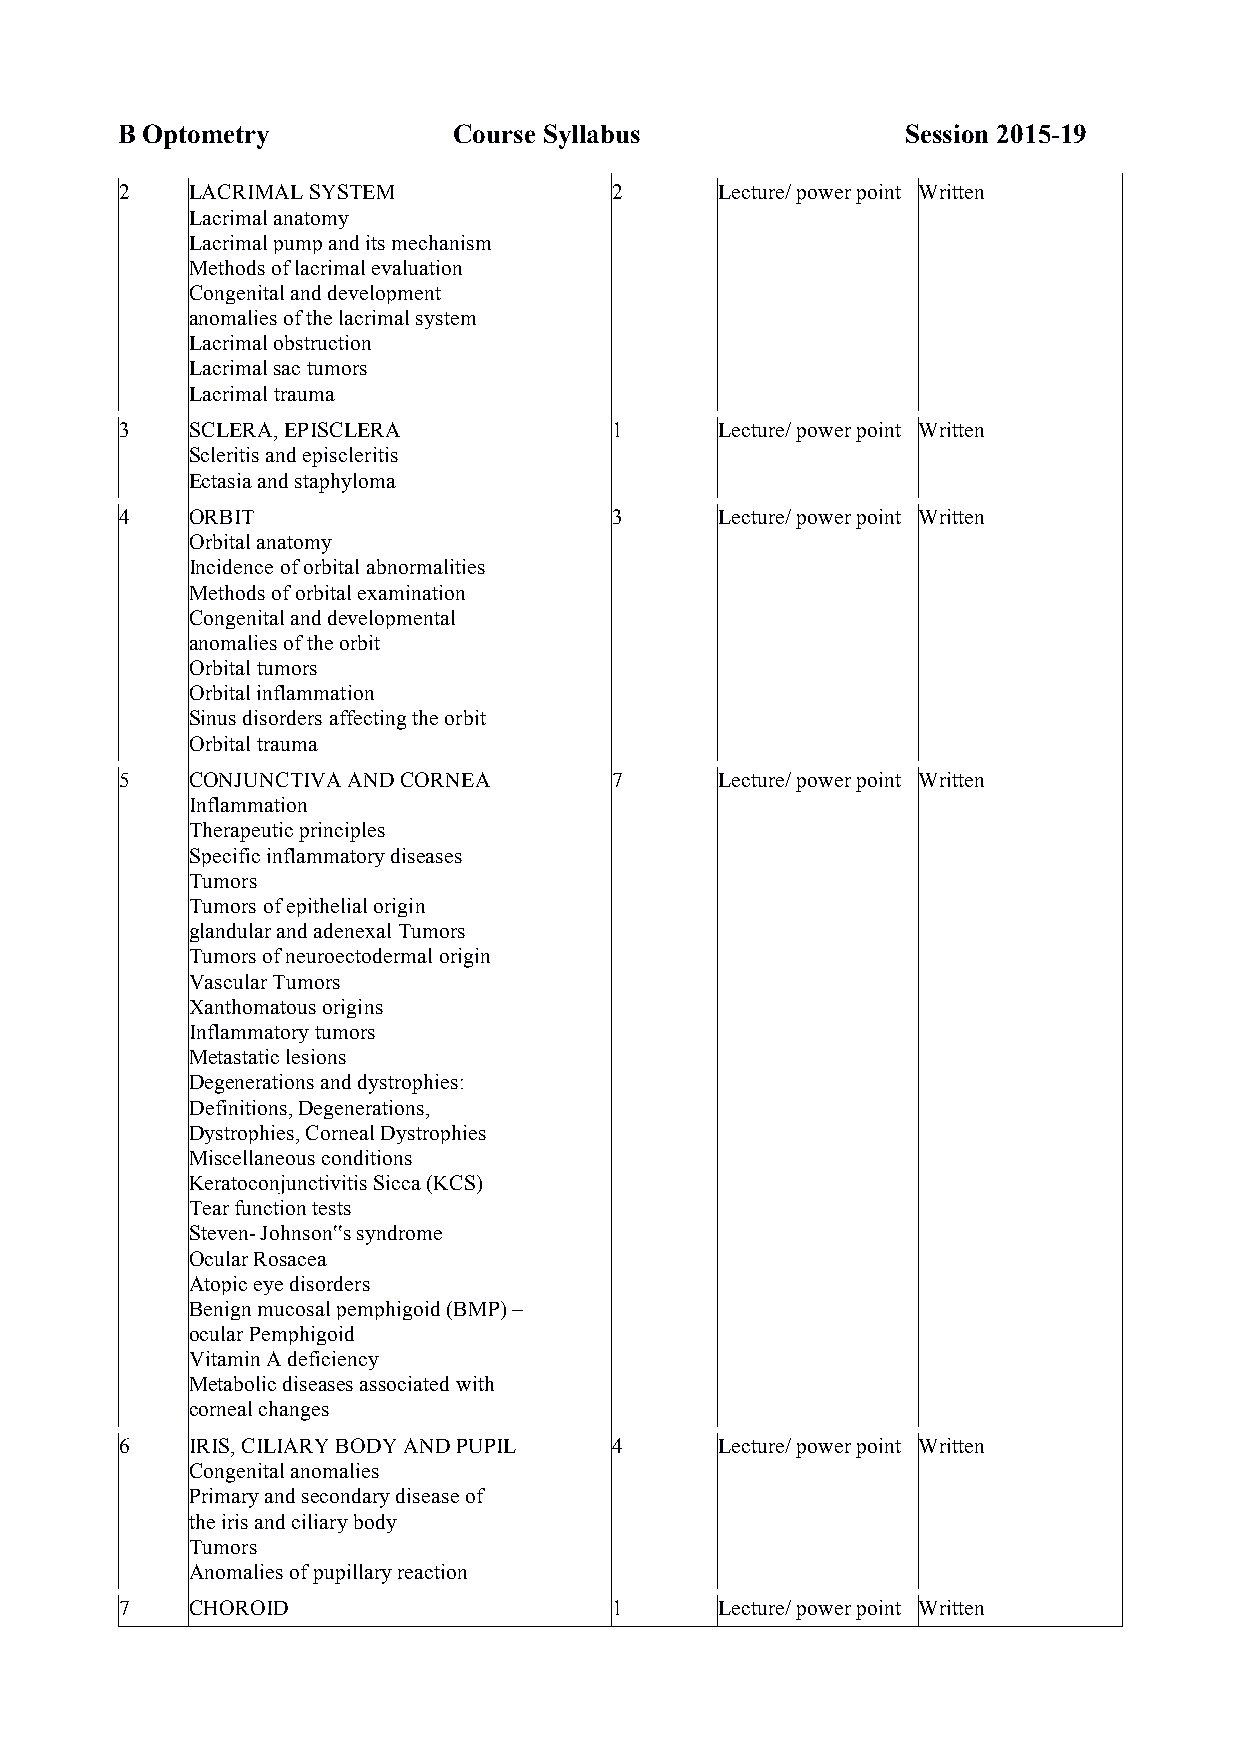
B Optometry           Course Syllabus               Session 2015-19
 2    LACRIMAL SYSTEM             2      Lecture/ power point Written
 Lacrimal anatomy
 Lacrimal pump and its mechanism
 Methods of lacrimal evaluation
 Congenital and development
 anomalies of the lacrimal system
 Lacrimal obstruction
 Lacrimal sac tumors
 Lacrimal trauma
 3    SCLERA, EPISCLERA           1      Lecture/ power point Written
 Scleritis and episcleritis
 Ectasia and staphyloma
 4    ORBIT                       3      Lecture/ power point Written
 Orbital anatomy
 Incidence of orbital abnormalities
 Methods of orbital examination
 Congenital and developmental
 anomalies of the orbit
 Orbital tumors
 Orbital inflammation
 Sinus disorders affecting the orbit
 Orbital trauma
 5    CONJUNCTIVA AND CORNEA      7      Lecture/ power point Written
 Inflammation
 Therapeutic principles
 Specific inflammatory diseases
 Tumors
 Tumors of epithelial origin
 glandular and adenexal Tumors
 Tumors of neuroectodermal origin
 Vascular Tumors
 Xanthomatous origins
 Inflammatory tumors
 Metastatic lesions
 Degenerations and dystrophies:
 Definitions, Degenerations,
 Dystrophies, Corneal Dystrophies
 Miscellaneous conditions
 Keratoconjunctivitis Sicca (KCS)
 Tear function tests
 Steven- Johnson‟s syndrome
 Ocular Rosacea
 Atopic eye disorders
 Benign mucosal pemphigoid (BMP) –
 ocular Pemphigoid
 Vitamin A deficiency
 Metabolic diseases associated with
 corneal changes
 6    IRIS, CILIARY BODY AND PUPIL 4     Lecture/ power point Written
 Congenital anomalies
 Primary and secondary disease of
 the iris and ciliary body
 Tumors
 Anomalies of pupillary reaction
 7    CHOROID                     1      Lecture/ power point Written